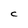
Character: C